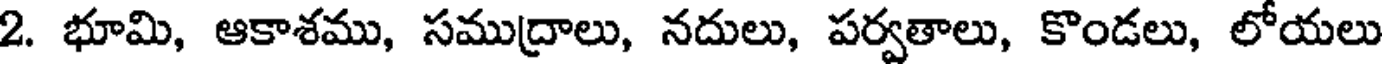
2. భూమి, ఆకాశము, సముద్రాలు, నదులు, పర్వతాలు, కొండలు, లోయలు